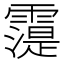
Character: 𲊈